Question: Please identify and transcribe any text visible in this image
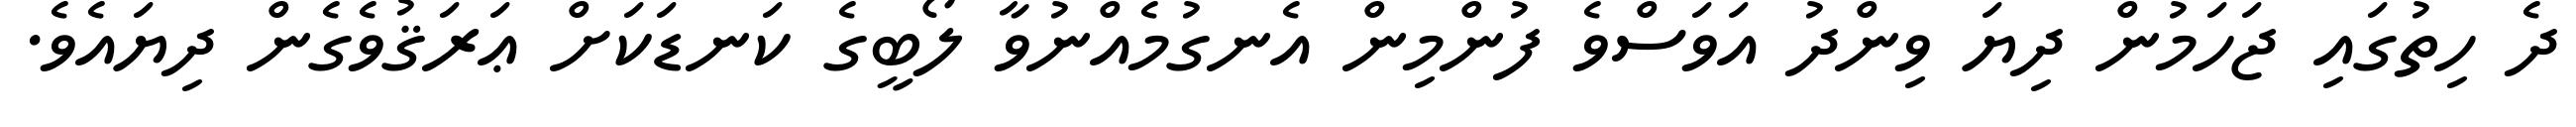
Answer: ދެ ހިތުގައި ޖަހަމުން ދިޔަ ވިންދު އަވަސްވެ ފުންމިން އެނގުމެއްނުވާ ލޯބީގެ ކަނޑަކަށް ޢަރަޤުވެގެން ދިޔައެވެ.